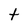
Character: t